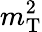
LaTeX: m_{\mathrm{T}}^{2}